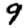
Digit: 9